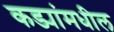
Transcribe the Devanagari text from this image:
कड्यांमधील